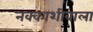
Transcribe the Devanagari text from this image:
नक्काशीवाला